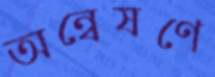
অন্বেষণে